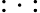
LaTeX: :\cdot: